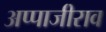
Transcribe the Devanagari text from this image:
अप्पाजीराव